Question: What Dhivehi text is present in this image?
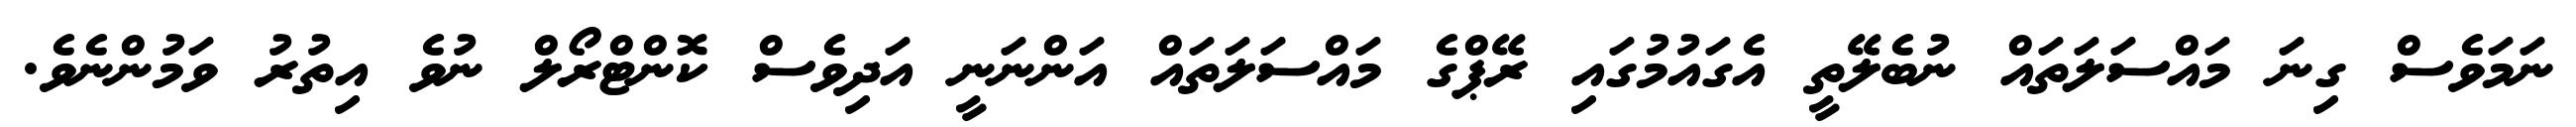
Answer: ނަމަވެސް ގިނަ މައްސަލަތައް ނުބެލޭތީ އެގައުމުގައި ރޭޕްގެ މައްސަލަތައް އަންނަނީ އަދިވެސް ކޮންޓްރޯލް ނުވެ އިތުރު ވަމުންނެވެ.